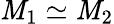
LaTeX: \mathit{M}_{1}\simeq\mathit{M}_{2}